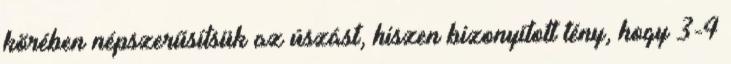
körében népszerűsítsük az úszást, hiszen bizonyított tény, hogy 3-4